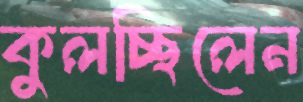
কুলচ্ছিলেন